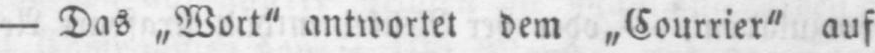
- Das „Wort” antwortet dem „Courrier” auf